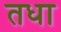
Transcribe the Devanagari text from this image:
तधा